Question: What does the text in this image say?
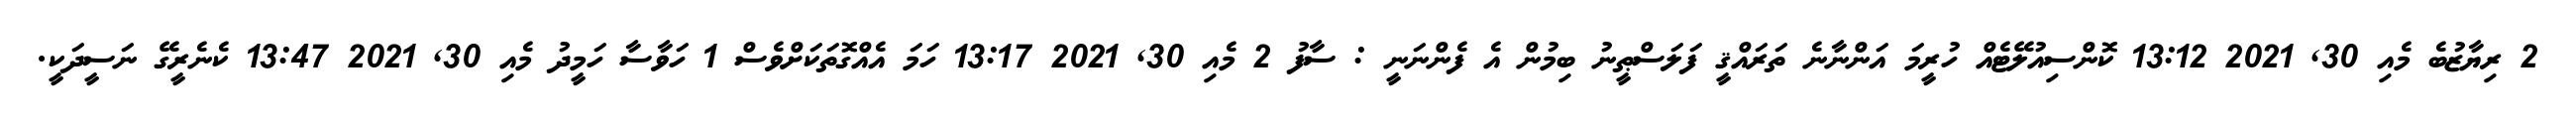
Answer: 2 ރިޔާޒުބެ މެއި 30, 2021 13:12 ކޮންސިއުލޭޓެއް ހުރީމަ އަންނާނެ ތަރައްޤީ ފަލަސްޠީނު ބިމުން އެ ފެންނަނީ : ސާފު 2 މެއި 30, 2021 13:17 ހަމަ އެއްގޮތަކަށްވެސް 1 ހަވާސާ ހަމީދު މެއި 30, 2021 13:47 ކެނެރީގޭ ނަސީދަކީ.